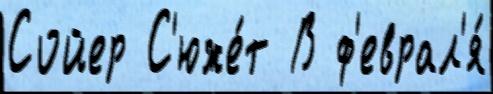
Сойер С'юже́т В ф'еврал'я́